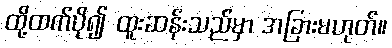
ထို့ထက်ပို၍ ထူးဆန်းသည်မှာ အခြားမဟုတ်။